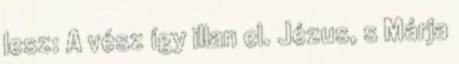
lesz: A vész így illan el. Jézus, s Márja